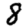
Digit: 8